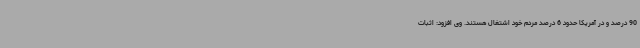
90 درصد و در آمریکا حدود 6 درصد مردم خود اشتغال هستند. وی افزود: اثبات